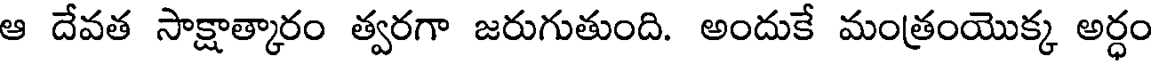
ఆ దేవత సాక్షాత్కారం త్వరగా జరుగుతుంది. అందుకే మంత్రంయొక్క అర్ధం